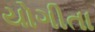
યોગીતા